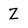
Character: Z